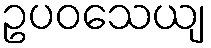
ဥပဝသေယျ